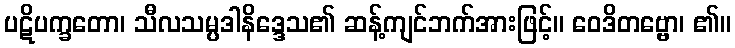
ပဋိပက္ခတော၊ သီလသမ္ပဒါနိဒ္ဒေသ၏ ဆန့်ကျင်ဘက်အားဖြင့်။ ဝေဒိတဗ္ဗော၊ ၏။